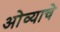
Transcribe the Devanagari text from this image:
ओव्याचे